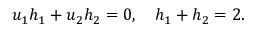
\begin{array} { r } { u _ { 1 } h _ { 1 } + u _ { 2 } h _ { 2 } = 0 , \quad h _ { 1 } + h _ { 2 } = 2 . } \end{array}